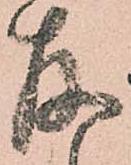
存